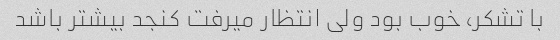
با تشکر، خوب بود ولی انتظار میرفت کنجد بیشتر باشد